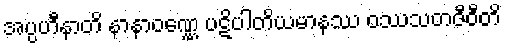
အပ္ပဟီနာတိ နာနာဝဏ္ဏေ ပဋိပါတိယမာနဿ ဝဿသတဇီဝီတိ